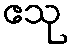
ဧသု